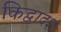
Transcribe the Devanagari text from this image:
किद्वादश